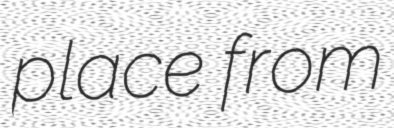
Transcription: place from